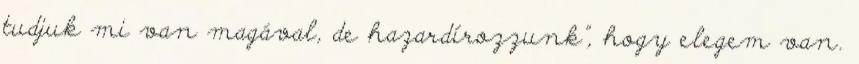
tudjuk mi van magával, de hazardírozzunk”, hogy elegem van.